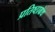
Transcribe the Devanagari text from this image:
प्रतिष्ठाग्रंथ